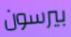
بيرسون